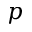
p